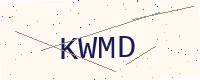
Text: KWMD